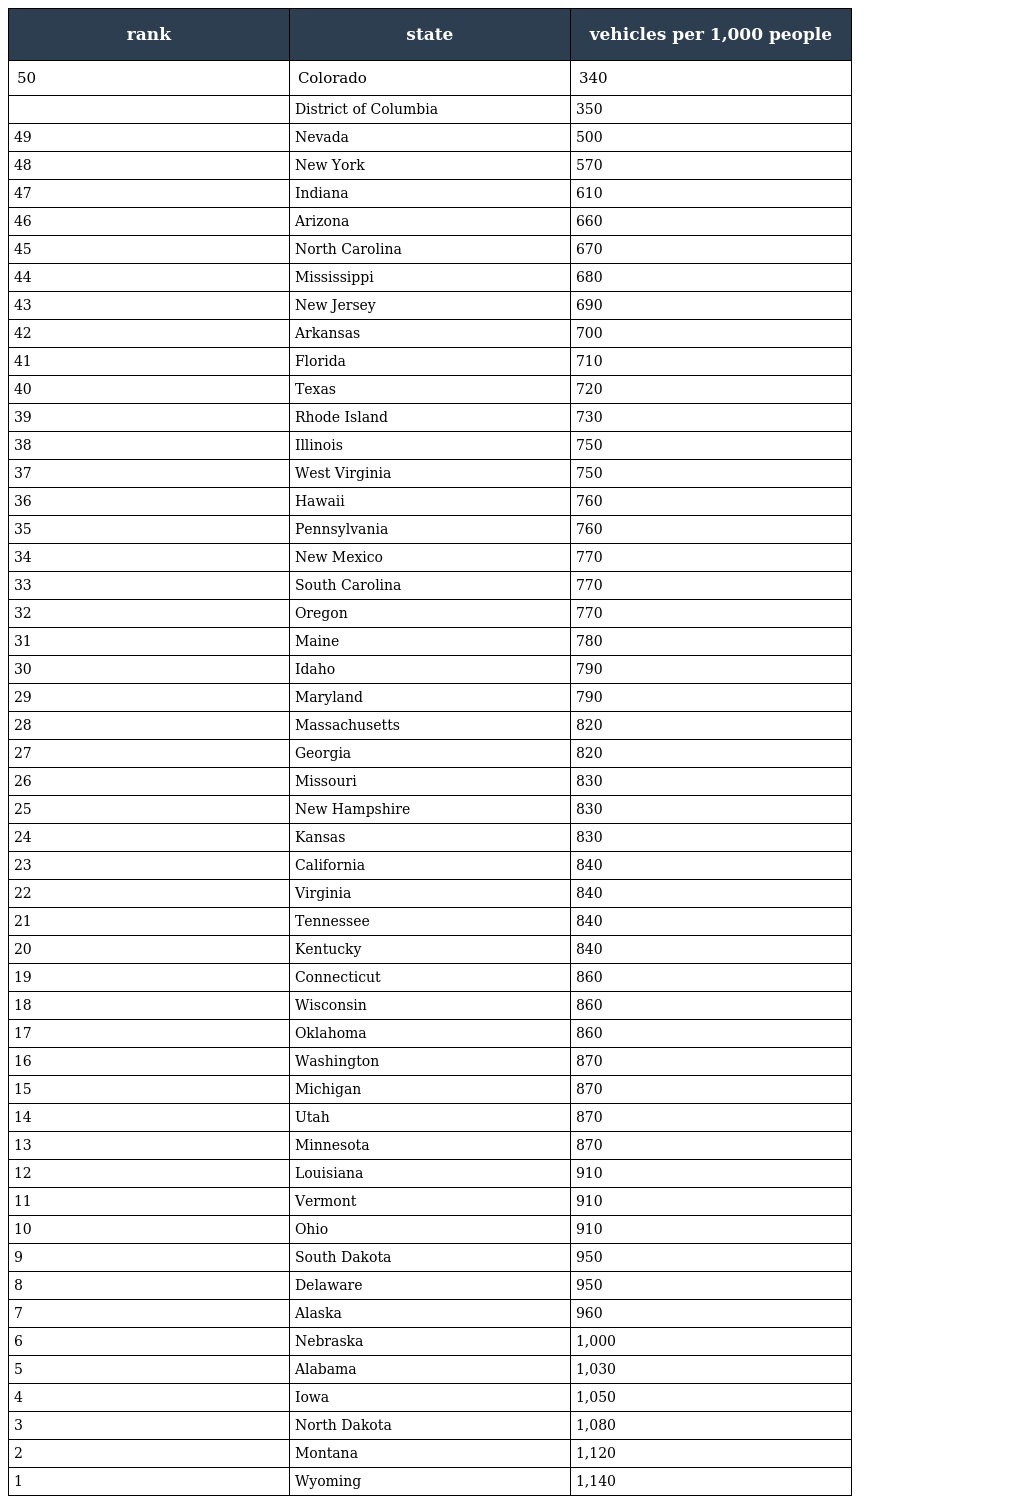
| rank | state | vehicles per 1,000 people |
 | --- | --- | --- |
 | 50 | Colorado | 340 |
 |  | District of Columbia | 350 |
 | 49 | Nevada | 500 |
 | 48 | New York | 570 |
 | 47 | Indiana | 610 |
 | 46 | Arizona | 660 |
 | 45 | North Carolina | 670 |
 | 44 | Mississippi | 680 |
 | 43 | New Jersey | 690 |
 | 42 | Arkansas | 700 |
 | 41 | Florida | 710 |
 | 40 | Texas | 720 |
 | 39 | Rhode Island | 730 |
 | 38 | Illinois | 750 |
 | 37 | West Virginia | 750 |
 | 36 | Hawaii | 760 |
 | 35 | Pennsylvania | 760 |
 | 34 | New Mexico | 770 |
 | 33 | South Carolina | 770 |
 | 32 | Oregon | 770 |
 | 31 | Maine | 780 |
 | 30 | Idaho | 790 |
 | 29 | Maryland | 790 |
 | 28 | Massachusetts | 820 |
 | 27 | Georgia | 820 |
 | 26 | Missouri | 830 |
 | 25 | New Hampshire | 830 |
 | 24 | Kansas | 830 |
 | 23 | California | 840 |
 | 22 | Virginia | 840 |
 | 21 | Tennessee | 840 |
 | 20 | Kentucky | 840 |
 | 19 | Connecticut | 860 |
 | 18 | Wisconsin | 860 |
 | 17 | Oklahoma | 860 |
 | 16 | Washington | 870 |
 | 15 | Michigan | 870 |
 | 14 | Utah | 870 |
 | 13 | Minnesota | 870 |
 | 12 | Louisiana | 910 |
 | 11 | Vermont | 910 |
 | 10 | Ohio | 910 |
 | 9 | South Dakota | 950 |
 | 8 | Delaware | 950 |
 | 7 | Alaska | 960 |
 | 6 | Nebraska | 1,000 |
 | 5 | Alabama | 1,030 |
 | 4 | Iowa | 1,050 |
 | 3 | North Dakota | 1,080 |
 | 2 | Montana | 1,120 |
 | 1 | Wyoming | 1,140 |